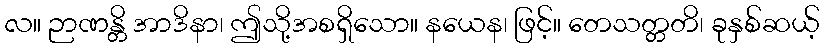
လ။ ဉာဏန္တိ အာဒိနာ၊ ဤသို့အစရှိသော။ နယေန၊ ဖြင့်။ တေသတ္တတိ၊ ခုနှစ်ဆယ့်